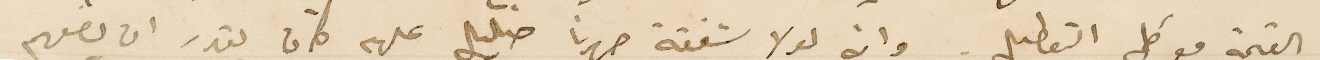
القيمة مع كل التعطيل وانه لولا شفقة صهرنا عليهم كان يقدر ان يضعهم